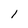
Character: 1